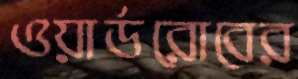
ওয়ার্ডরোবের